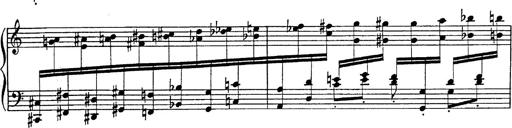
Title: Fantasie Ã¼ber Themen aus Mozarts Figaro und Don Giovanni
Composer: Franz Liszt